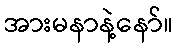
အားမနာနဲ့နော်။